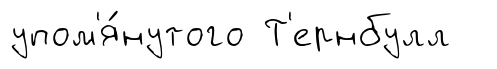
упом'я́нутого Т'ернбулл